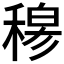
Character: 𥠇